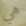
هي